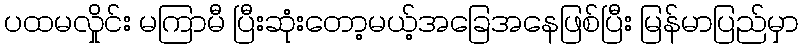
ပထမလှိုင်း မကြာမီ ပြီးဆုံးတော့မယ့်အခြေအနေဖြစ်ပြီး မြန်မာပြည်မှာ